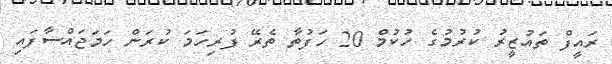
ރައީފް ތައުޒީރު ކުރުމުގެ ހުކުމް 20 ހަފުތާ ތެރޭ ފުރިހަމަ ކުރަން ހަމަޖައްސާފައި